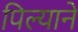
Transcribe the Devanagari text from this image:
पिल्याने